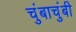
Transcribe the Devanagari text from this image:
चुंबाचुंबी